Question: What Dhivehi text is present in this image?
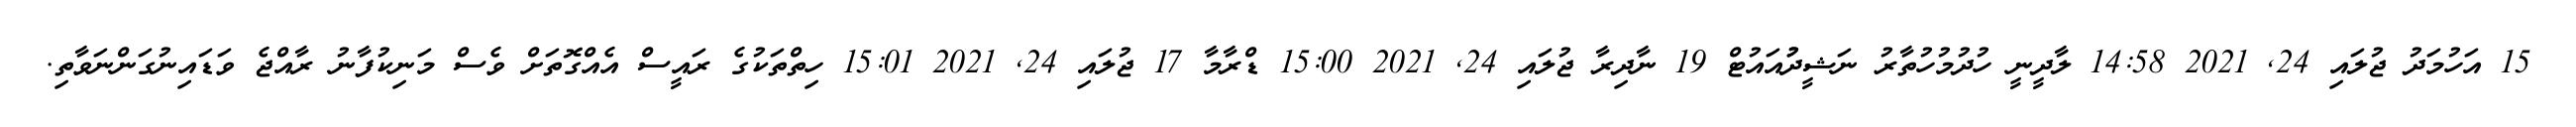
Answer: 15 އަހުމަދު ޖުލައި 24, 2021 14:58 ލާދީނީ ހުދުމުހުތާރު ނަޝީދުުއައުޓް 19 ނާދިރާ ޖުލައި 24, 2021 15:00 ޑްރާމާ 17 ޖުލައި 24, 2021 15:01 ހިތްތަކުގެ ރައީސް އެއްގޮތަށް ވެސް މަނިކުފާނު ރާއްޖެ ވަޑައިނުގަންނަވާތި.